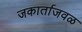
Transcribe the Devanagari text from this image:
जकार्ताजवळ